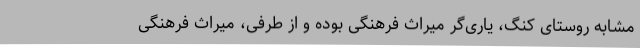
مشابه روستای کنگ، یاری‌گر میراث فرهنگی بوده و از طرفی، میراث فرهنگی